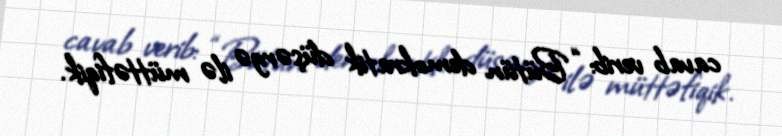
cavab verib: “Bütün demokratik düşərgə ilə müttəfiqik.